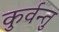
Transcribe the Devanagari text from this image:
कुर्वन्तु